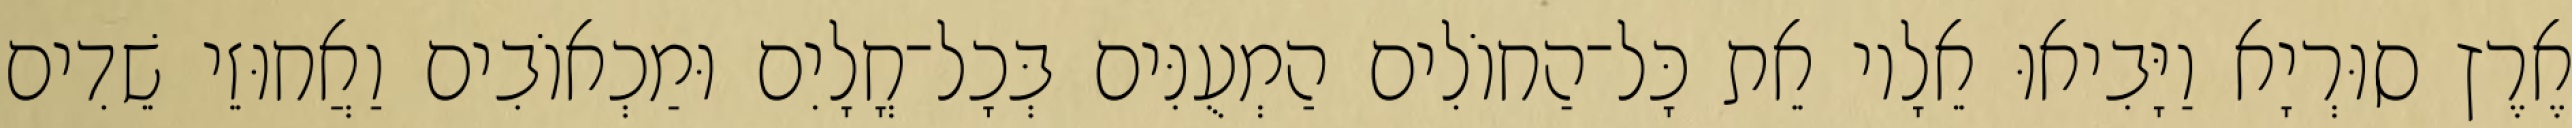
אֶרֶץ סוּרְיָא וַיָּבִיאוּ אֵלָיו אֵת כָּל־הַחוֹלִים הַמְעֻנִּים בְּכָל־חֳלָיִם וּמַכְאוֹבִים וַאֲחוּזֵי שֵׁדִים